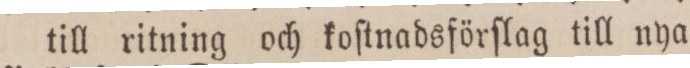
till ritning och koſtnadsförſlag till nya